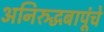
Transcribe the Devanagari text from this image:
अनिरुद्धबापूंचे